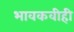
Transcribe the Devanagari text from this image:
भावकवीही